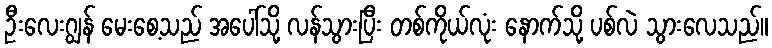
ဦးလေးဂျွန် မေးစေ့သည် အပေါ်သို့ လန်သွားပြီး တစ်ကိုယ်လုံး နောက်သို့ ပစ်လဲ သွားလေသည်။